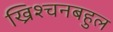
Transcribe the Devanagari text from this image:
ख्रिश्चनबहुल